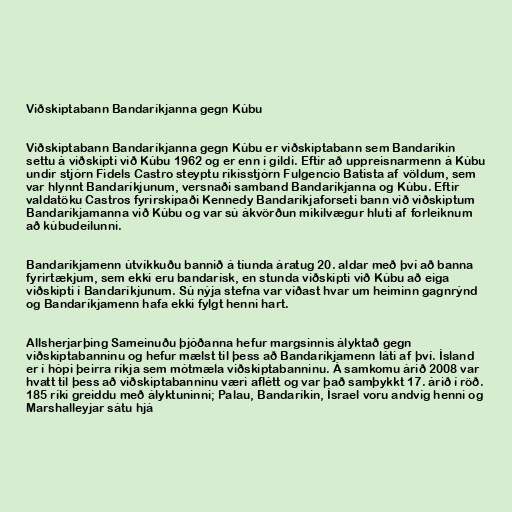
Viðskiptabann Bandaríkjanna gegn Kúbu

Viðskiptabann Bandaríkjanna gegn Kúbu er viðskiptabann sem Bandaríkin
settu á viðskipti við Kúbu 1962 og er enn í gildi. Eftir að uppreisnarmenn á Kúbu
undir stjórn Fidels Castro steyptu ríkisstjórn Fulgencio Batista af völdum, sem
var hlynnt Bandaríkjunum, versnaði samband Bandaríkjanna og Kúbu. Eftir
valdatöku Castros fyrirskipaði Kennedy Bandaríkjaforseti bann við viðskiptum
Bandaríkjamanna við Kúbu og var sú ákvörðun mikilvægur hluti af forleiknum
að kúbudeilunni.

Bandaríkjamenn útvíkkuðu bannið á tíunda áratug 20. aldar með því að banna
fyrirtækjum, sem ekki eru bandarísk, en stunda viðskipti við Kúbu að eiga
viðskipti í Bandaríkjunum. Sú nýja stefna var víðast hvar um heiminn gagnrýnd
og Bandaríkjamenn hafa ekki fylgt henni hart.

Allsherjarþing Sameinuðu þjóðanna hefur margsinnis ályktað gegn
viðskiptabanninu og hefur mælst til þess að Bandaríkjamenn láti af því. Ísland
er í hópi þeirra ríkja sem mótmæla viðskiptabanninu. Á samkomu árið 2008 var
hvatt til þess að viðskiptabanninu væri aflétt og var það samþykkt 17. árið í röð.
185 ríki greiddu með ályktuninni; Palau, Bandaríkin, Ísrael voru andvíg henni og
Marshalleyjar sátu hjá